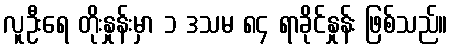
လူဦးရေ တိုးနှုန်းမှာ ၁ ဒသမ ၈၄ ရာခိုင်နှုန်း ဖြစ်သည်။